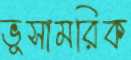
ভূসামরিক